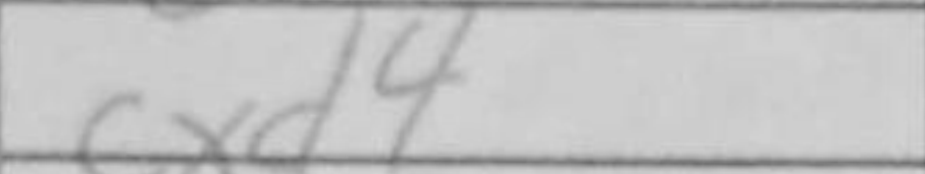
Transcription: cxd4